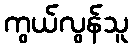
ကွယ်လွန်သူ